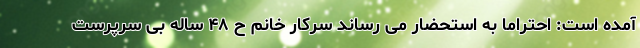
آمده است: احتراماً به استحضار می رساند سرکار خانم ح ۴۸ ساله بی سرپرست